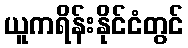
ယူကရိန်းနိုင်ငံတွင်